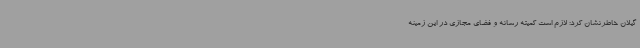
گیلان خاطرنشان کرد: لازم است کمیته رسانه و فضای مجازی در این زمینه